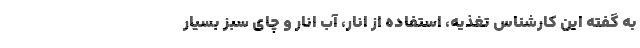
به گفته این کارشناس تغذیه، استفاده از انار، آب انار و چای سبز بسیار